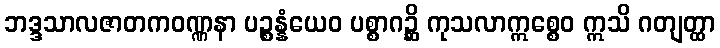
ဘဒ္ဒသာလဇာတကဝဏ္ဏနာ ပဉ္စန္နံယေဝ ပစ္စာဂဉ္ဆိ ကုသလာဣစ္စေဝ ဣသိ ဂတျတ္ထာ